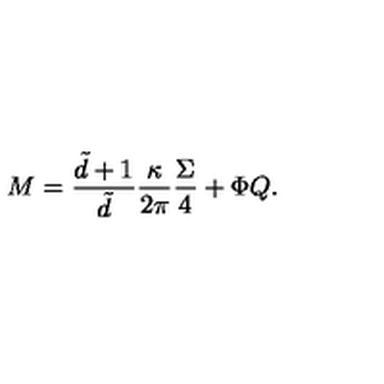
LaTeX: M = \frac { \tilde { d } + 1 } { \tilde { d } } \frac { \kappa } { 2 \pi } \frac { \Sigma } { 4 } + \Phi Q .